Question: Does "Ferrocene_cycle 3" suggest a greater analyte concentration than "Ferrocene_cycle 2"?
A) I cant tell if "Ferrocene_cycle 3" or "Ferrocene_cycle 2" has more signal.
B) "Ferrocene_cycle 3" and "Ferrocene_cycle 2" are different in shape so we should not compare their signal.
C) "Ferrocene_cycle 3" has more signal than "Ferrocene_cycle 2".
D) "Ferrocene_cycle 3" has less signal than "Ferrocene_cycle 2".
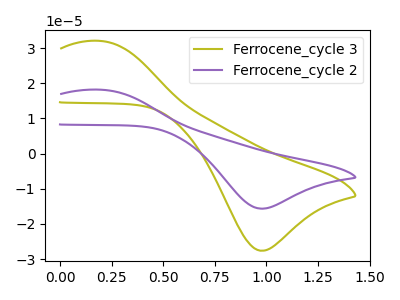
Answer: <think>The olive curve "Ferrocene_cycle 3" has an anodic peak at (0.20V, 32.00uA) and a cathodic peak at (1.00V, -27.65uA). The purple curve "Ferrocene_cycle 2" has an anodic peak at (0.20V, 18.15uA) and a cathodic peak at (1.00V, -15.65uA).
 All the peaks in "Ferrocene_cycle 3" have a peak in "Ferrocene_cycle 2" at the same potential. Every peak in "Ferrocene_cycle 3" is higher than every peak in "Ferrocene_cycle 2".</think>
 <answer>C) "Ferrocene_cycle 3" has more signal than "Ferrocene_cycle 2".</answer>
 <eval>C</eval>